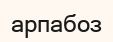
арпабоз